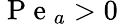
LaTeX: \mathrm{~P~e~}_{a}>0